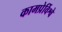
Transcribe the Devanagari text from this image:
कामप्रेर्विश्वे